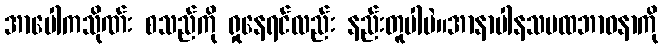
အာပေါကသိုဏ်း စသည်ကို ရှုနေရင်လည်း နည်းတူပါပဲ။အာနာပါနသမထဘာဝနာကို